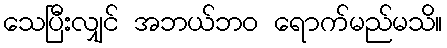
သေပြီးလျှင် အဘယ်ဘဝ ရောက်မည်မသိ။